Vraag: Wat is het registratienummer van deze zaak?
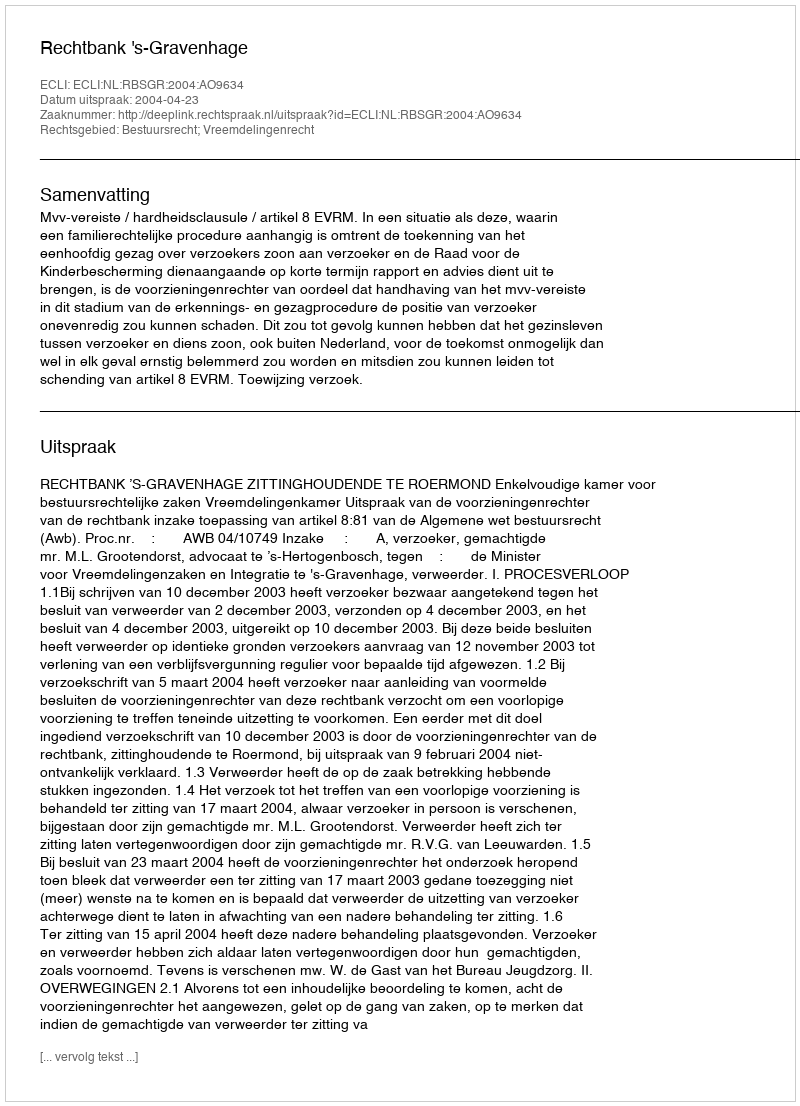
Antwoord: http://deeplink.rechtspraak.nl/uitspraak?id=ECLI:NL:RBSGR:2004:AO9634